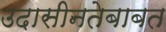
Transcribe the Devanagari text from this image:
उदासीनतेबाबत